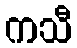
ကသီ